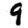
Digit: 9